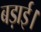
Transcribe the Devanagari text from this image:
बड़ाई।